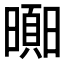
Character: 𣋗